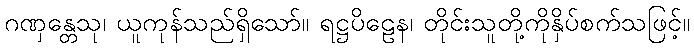
ဂဏှန္တေသု၊ ယူကုန်သည်ရှိသော်။ ရဋ္ဌပိဠေန၊ တိုင်းသူတို့ကိုနှိပ်စက်သဖြင့်။